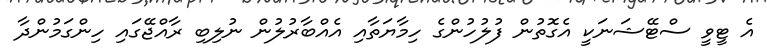
އެ ޓީވީ ސްޓޭޝަނަކީ އެގޮތުން ފުލުހުންގެ ހިމާޔަތާއި އެއްބާރުލުން ނުލިބި ރާއްޖޭގައި ހިންގަމުންދާ